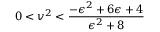
0 < v ^ { 2 } < \frac { - \epsilon ^ { 2 } + 6 \epsilon + 4 } { \epsilon ^ { 2 } + 8 }